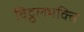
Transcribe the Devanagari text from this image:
विट्ठलभक्ति